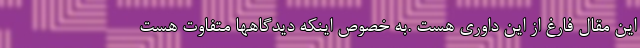
این مقال فارغ از این داوری هست .به خصوص اینکه دیدگاهها متفاوت هست